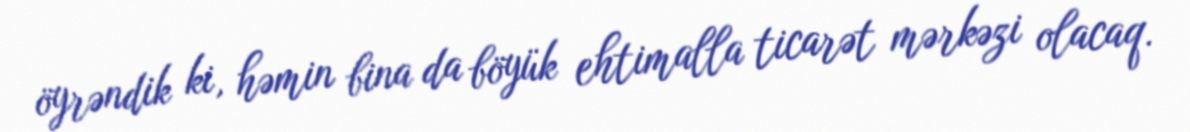
öyrəndik ki, həmin bina da böyük ehtimalla ticarət mərkəzi olacaq.